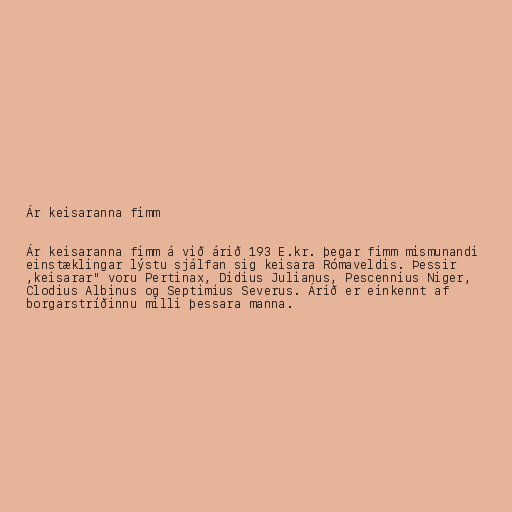
Ár keisaranna fimm

Ár keisaranna fimm á við árið 193 E.kr. þegar fimm mismunandi
einstæklingar lýstu sjálfan sig keisara Rómaveldis. Þessir
,keisarar" voru Pertinax, Didius Julianus, Pescennius Niger,
Clodius Albinus og Septimius Severus. Árið er einkennt af
borgarstríðinnu milli þessara manna.